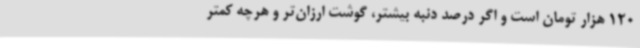
120 هزار تومان است و اگر درصد دنبه بیشتر، گوشت ارزان‌تر و هرچه کمتر